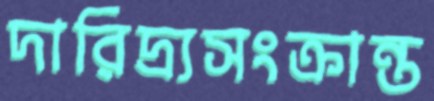
দারিদ্র্যসংক্রান্ত